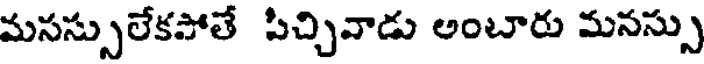
మసస్సులేకపోతే పిచ్చివాడు అంబారు మనస్సు